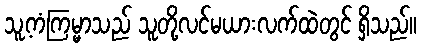
သူ့ကံကြမ္မာသည် သူတို့လင်မယားလက်ထဲတွင် ရှိသည်။